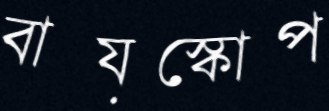
বায়স্কোপ